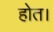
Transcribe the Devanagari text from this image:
होत।